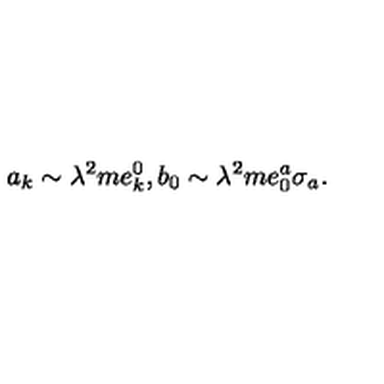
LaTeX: a _ { k } \sim \lambda ^ { 2 } m e _ { k } ^ { 0 } , b _ { 0 } \sim \lambda ^ { 2 } m e _ { 0 } ^ { a } \sigma _ { a } .